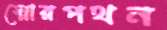
স্নোরপথন